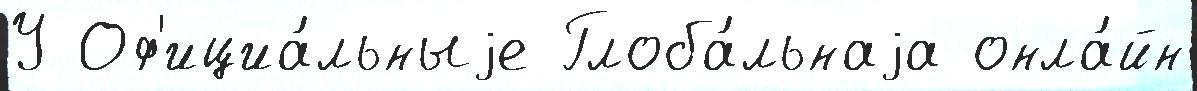
У Оф'ициа́льныjе Глоба́льнаjа онла́йн